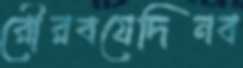
রৌরবযেদিনব